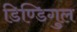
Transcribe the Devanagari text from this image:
डिण्डिगुल